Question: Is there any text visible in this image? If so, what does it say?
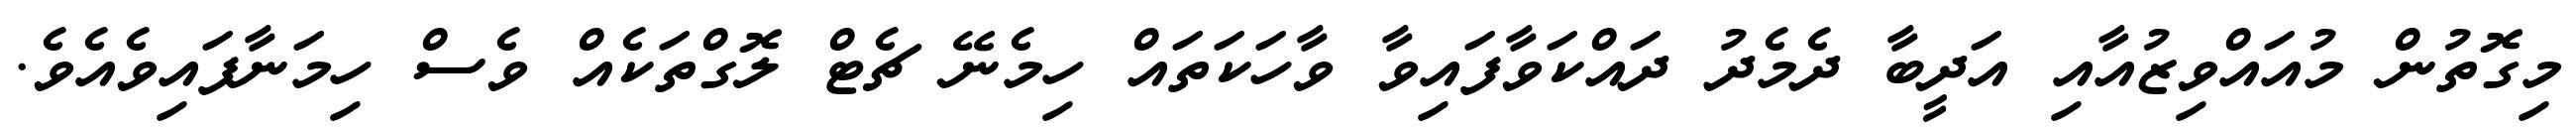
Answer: މިގޮތުން މުއައްވިޒުއާއި އަދީބާ ދެމެދު ދައްކަވާފައިވާ ވާހަކަތައް ހިމެނޭ ޗެޓް ލޮގްތަކެއް ވެސް ހިމަނާފައިވެއެވެ.